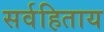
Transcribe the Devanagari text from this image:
सर्वहिताय